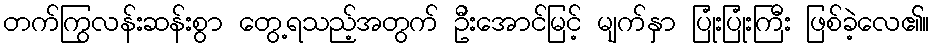
တက်ကြွလန်းဆန်းစွာ တွေ့ရသည့်အတွက် ဦးအောင်မြင့် မျက်နှာ ပြုံးပြုံးကြီး ဖြစ်ခဲ့လေ၏။